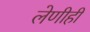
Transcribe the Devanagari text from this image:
लेणीही